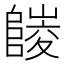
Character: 𨻪